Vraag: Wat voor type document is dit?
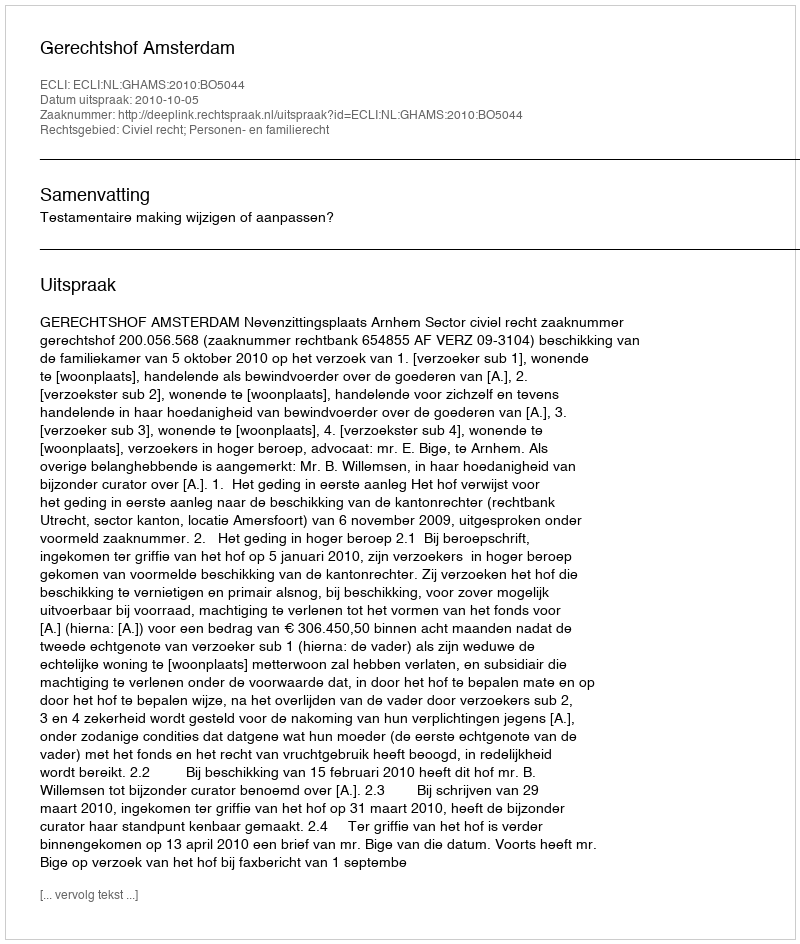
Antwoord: Uitspraak